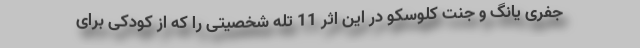
جفری یانگ و جنت کلوسکو در این اثر 11 تله شخصیتی را که از کودکی برای